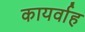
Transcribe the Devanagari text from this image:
कायर्वाह